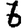
Digit: 6